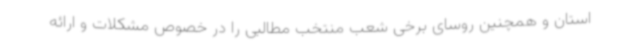
استان و همچنین روسای برخی شعب منتخب مطالبی را در خصوص مشکلات و ارائه